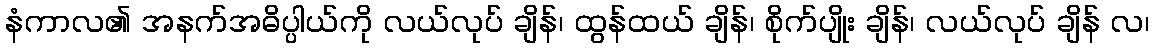
နံကာလ၏ အနက်အဓိပ္ပါယ်ကို လယ်လုပ် ချိန်၊ ထွန်ထယ် ချိန်၊ စိုက်ပျိုး ချိန်၊ လယ်လုပ် ချိန် လ၊